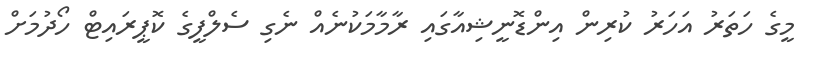
މީގެ ހަތަރު އަހަރު ކުރިން އިންޑޮނީޝިއާގައި ރާމާމަކުނެއް ނެގި ސެލްފީގެ ކޮޕީރައިޓް ހޯދުމަށް